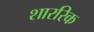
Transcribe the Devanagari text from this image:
शाररिक